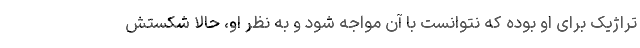
تراژیک برای او بوده که نتوانست با آن مواجه شود و به نظر او، حالا شکستش